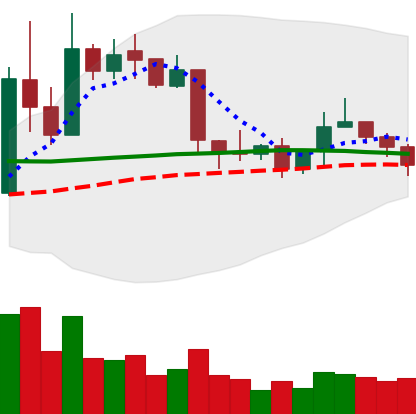
Ticker: XRP-USD
Chart end date: 2019-04-21
Forward return: -7.427%
Label: down_7plus